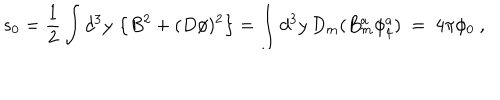
LaTeX: s _ { 0 } = \frac { 1 } { 2 } \int d ^ { 3 } y \, \left\{ B ^ { 2 } + ( D \phi ) ^ { 2 } \right\} = \int d ^ { 3 } y \, D _ { m } ( B _ { m } ^ { a } \phi _ { 4 } ^ { a } ) \ = \ 4 \pi \phi _ { 0 } \ ,